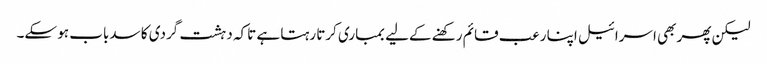
لیکن پھر بھی اسرائیل اپنا رعب قائم رکھنے کےلیے بمباری کرتا رہتا ہے تاکہ دہشت گردی کا سدباب ہو سکے۔